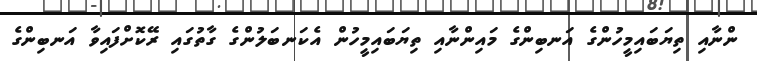
ންނާއި ތިޔަބައިމީހުންގެ އަނބިންގެ މައިންނާއި ތިޔަބައިމީހުން އެކަނބަލުންގެ ގާތުގައި ރޭކޮށްފައިވާ އަނބިންގެ